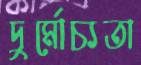
দুর্মোচ্যতা